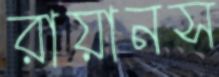
রায়ানস